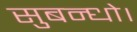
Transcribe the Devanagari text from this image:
सुबन्‍धो।